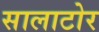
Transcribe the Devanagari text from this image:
सालाटोर